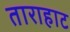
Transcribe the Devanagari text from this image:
ताराहाट